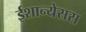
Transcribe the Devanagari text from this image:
ईशान्येसस